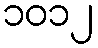
၁၀၁၂